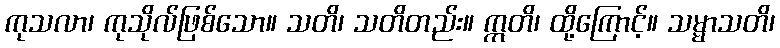
ကုသလာ၊ ကုသိုလ်ဖြစ်သော။ သတိ၊ သတိတည်း။ ဣတိ၊ ထို့ကြောင့်။ သမ္မာသတိ၊